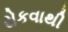
રોકવાથી